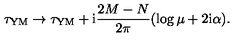
\tau _ { \mathrm { Y M } } \rightarrow \tau _ { \mathrm { Y M } } + \mathrm { i } \frac { 2 M - N } { 2 \pi } ( \log \mu + 2 \mathrm { i } \alpha ) .